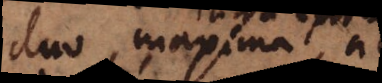
duo maxima ad